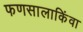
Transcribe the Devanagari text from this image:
फणसालाकिंवा